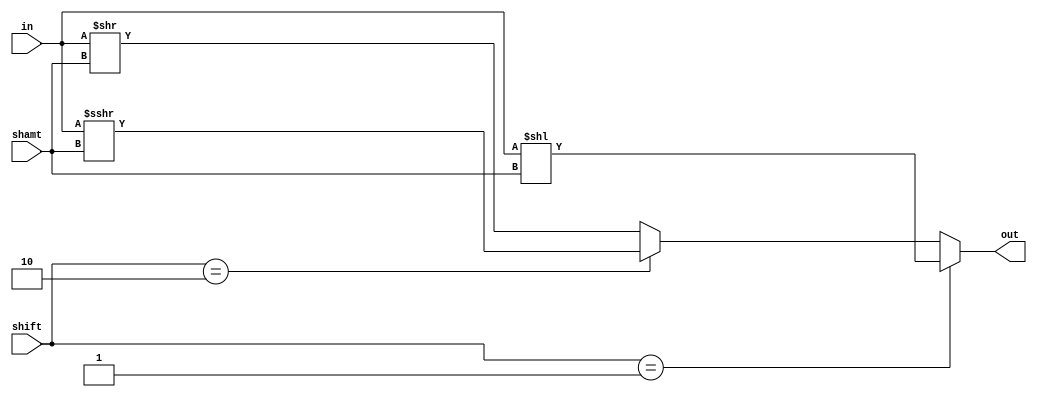
module shift_(shift,in, out, shamt);
input [1:0] shift;
input [31:0] in;
input [4:0] shamt;
output [31:0] out;
/*    always@* begin
        case(shift)
            2'b01:      out = in << shamt;  //shift left
            2'b10:      out = in >>> shamt; //shift right arith
            2'b11:      out = in >> shamt;  // shift right logic
            default:    out = in;
        endcase
    end*/
assign out = (shift == 2'b01)? (in << shamt):(shift == 2'b10)? (in >>>shamt):(in >> shamt);
endmodule